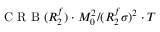
\mathrm { ~ C ~ R ~ B ~ } ( R _ { 2 } ^ { f } ) \cdot M _ { 0 } ^ { 2 } / ( R _ { 2 } ^ { f } \sigma ) ^ { 2 } \cdot T